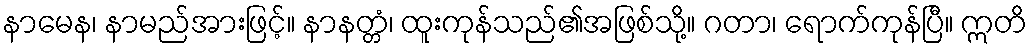
နာမေန၊ နာမည်အားဖြင့်။ နာနတ္တံ၊ ထူးကုန်သည်၏အဖြစ်သို့။ ဂတာ၊ ရောက်ကုန်ပြီ။ ဣတိ